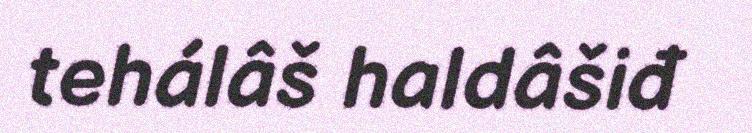
tehálâš haldâšiđ